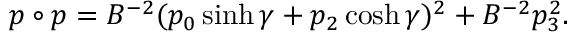
p \circ p = B ^ { - 2 } ( p _ { 0 } \sinh \gamma + p _ { 2 } \cosh \gamma ) ^ { 2 } + B ^ { - 2 } p _ { 3 } ^ { 2 } .